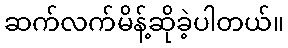
ဆက်လက်မိန့်ဆိုခဲ့ပါတယ်။